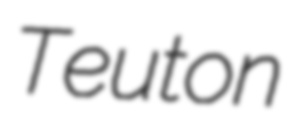
Teuton